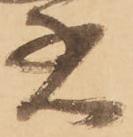
惑